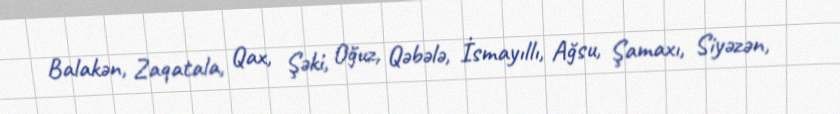
Balakən, Zaqatala, Qax, Şəki, Oğuz, Qəbələ, İsmayıllı, Ağsu, Şamaxı, Siyəzən,